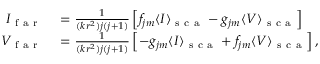
\begin{array} { r l } { I _ { \mathrm { ~ f ~ a ~ r ~ } } } & { { } = \frac { 1 } { ( k r ^ { 2 } ) j ( j + 1 ) } \left[ f _ { j m } \langle I \rangle _ { \mathrm { ~ s ~ c ~ a ~ } } - g _ { j m } \langle V \rangle _ { \mathrm { ~ s ~ c ~ a ~ } } \right] } \\ { V _ { \mathrm { ~ f ~ a ~ r ~ } } } & { { } = \frac { 1 } { ( k r ^ { 2 } ) j ( j + 1 ) } \left[ - g _ { j m } \langle I \rangle _ { \mathrm { ~ s ~ c ~ a ~ } } + f _ { j m } \langle V \rangle _ { \mathrm { ~ s ~ c ~ a ~ } } \right] , } \end{array}